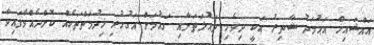
އައްޝައިޚް އަޙުމަދު ޝާތިރު އަކީ ދިވެހި ދައުލަތަށާއި ގައުމަށް އަގުހުރި ޚިދުމަތްތަކެއް ކޮށްދެއްވާފައިވާ